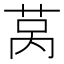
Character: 莴